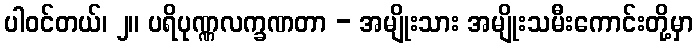
ပါဝင်တယ်၊ ၂။ ပရိပုဏ္ဏလက္ခဏတာ - အမျိုးသား အမျိုးသမီးကောင်းတို့မှာ